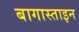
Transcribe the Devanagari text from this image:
बागास्ताइन